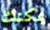
يمكنك